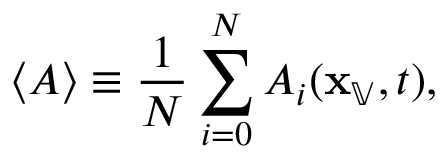
\left\langle { A } \right\rangle \equiv \frac { 1 } { N } \sum _ { i = 0 } ^ { N } A _ { i } ( \mathbf { x } _ { \mathbb { V } } , t ) ,